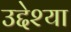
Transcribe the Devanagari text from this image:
उद्देश्या